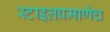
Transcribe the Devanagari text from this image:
स्टाइलप्रमाणेच